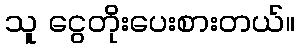
သူ ငွေတိုးပေးစားတယ်။